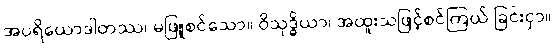
အပရိယောဒါတဿ၊ မဖြူစင်သော။ ဝိသုဒ္ဓိယာ၊ အထူးသဖြင့်စင်ကြယ် ခြင်းငှာ။